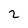
Character: 2